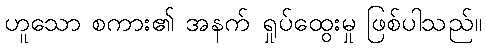
ဟူသော စကား၏ အနက် ရှုပ်ထွေးမှု ဖြစ်ပါသည်။